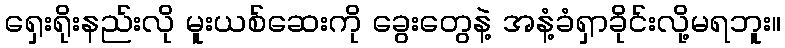
ရှေးရိုးနည်းလို မူးယစ်ဆေးကို ခွေးတွေနဲ့ အနံ့ခံရှာခိုင်းလို့မရဘူး။